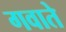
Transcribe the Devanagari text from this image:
गवाते